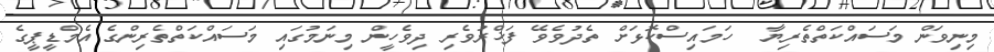
މިނިވަން މަސައްކަތްތެރިޔާ  ހަމައިސްކޮޅަށް ތެދުވެވޭ ފަޚްރުވެރި ދިވެހީން މިނަމުގައި މަސައްކަތްތެރިންގެ އެމްޑީޕީގެ